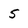
Character: 5